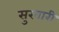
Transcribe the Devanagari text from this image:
सुरवारी